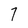
Character: 7